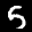
Label: 5